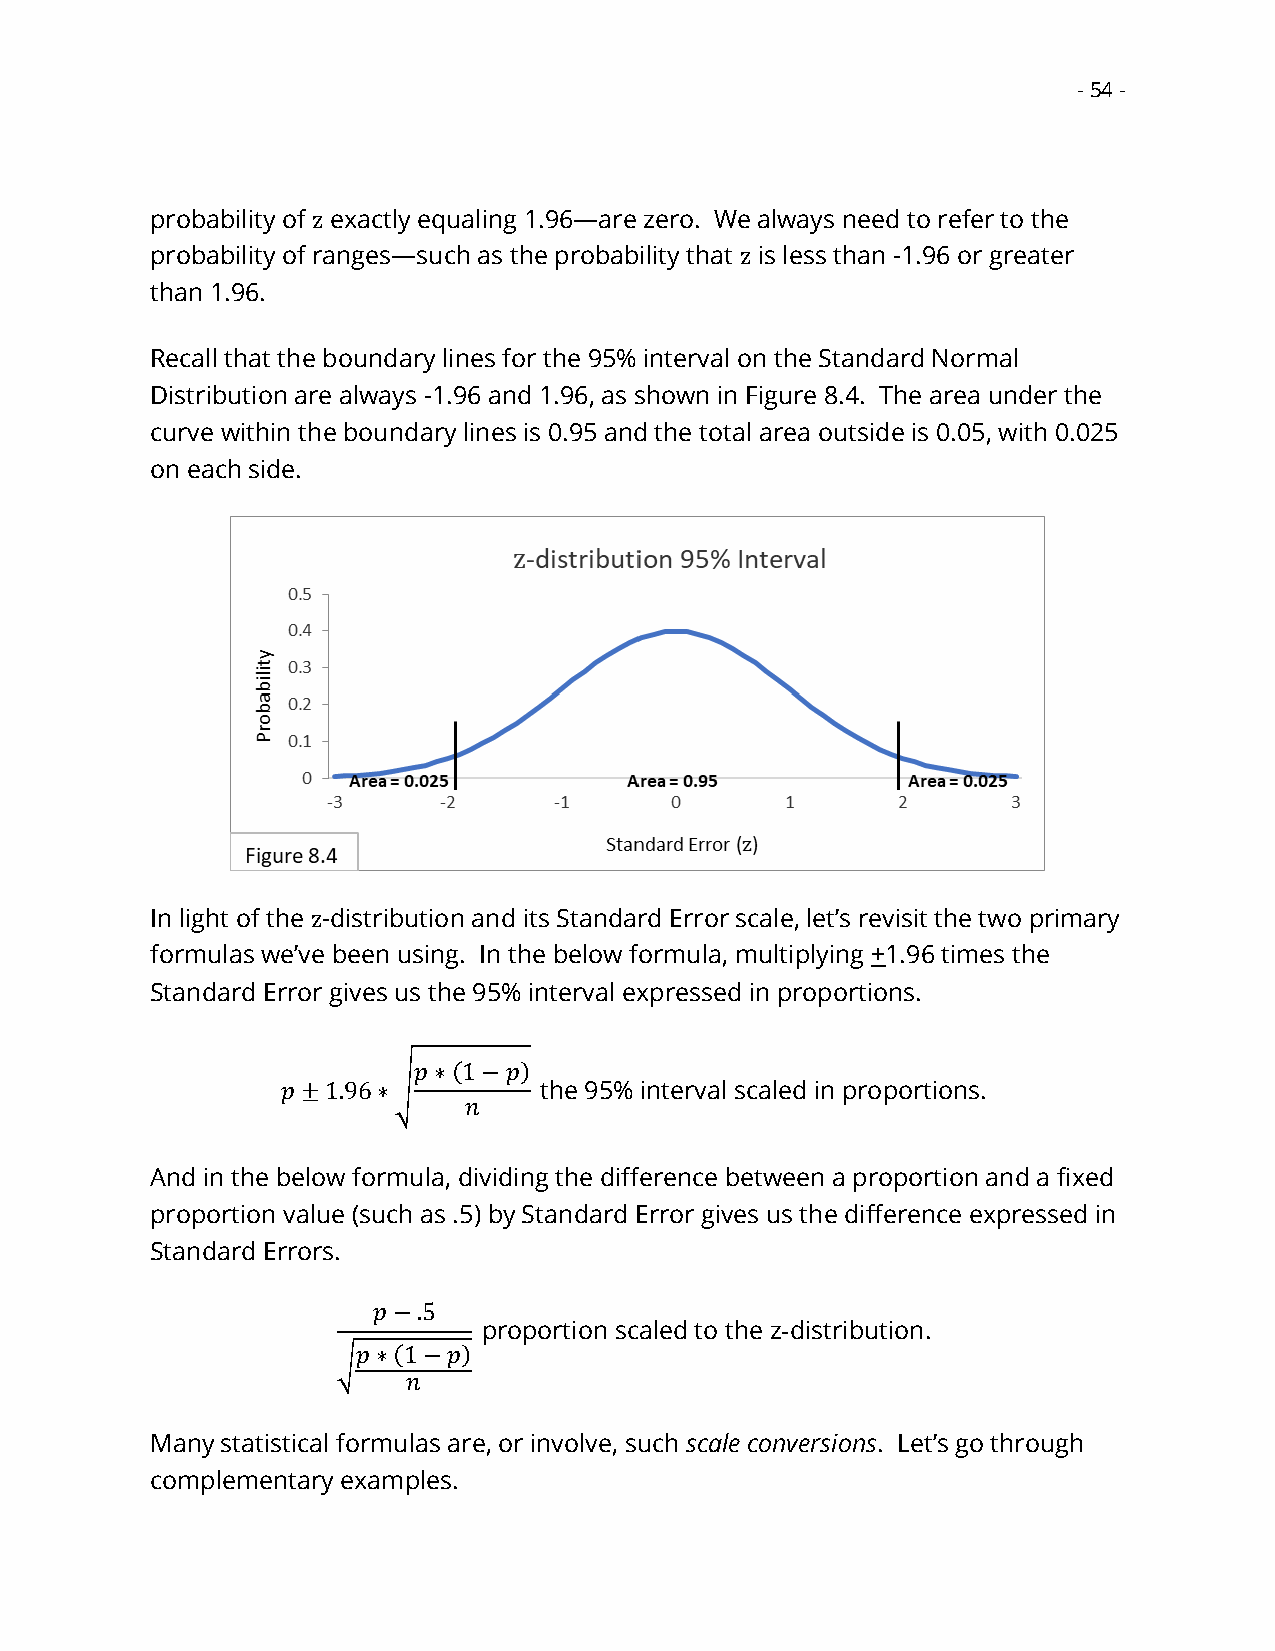
- 54 -
 probability of z exactly equaling 1.96—are zero. We always need to refer to the
 probability of ranges—such as the probability that z is less than -1.96 or greater
 than 1.96.
 Recall that the boundary lines for the 95% interval on the Standard Normal
 Distribution are always -1.96 and 1.96, as shown in Figure 8.4. The area under the
 curve within the boundary lines is 0.95 and the total area outside is 0.05, with 0.025
 on each side.
 In light of the z-distribution and its Standard Error scale, let’s revisit the two primary
 formulas we’ve been using. In the below formula, multiplying +1.96 times the
 Standard Error gives us the 95% interval expressed in proportions.
 𝑝∗(1−𝑝)
 𝑝±1.96∗√         the 95% interval scaled in proportions.
 𝑛
 And in the below formula, dividing the difference between a proportion and a fixed
 proportion value (such as .5) by Standard Error gives us the difference expressed in
 Standard Errors.
 𝑝−.5
 proportion scaled to the z-distribution.
 𝑝∗(1−𝑝)
 √
 𝑛
 Many statistical formulas are, or involve, such scale conversions. Let’s go through
 complementary examples.